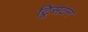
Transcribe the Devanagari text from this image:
ट्रिसटन